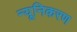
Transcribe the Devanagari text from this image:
न्यूनिकरण